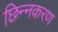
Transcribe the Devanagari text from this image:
छिन्नकरण